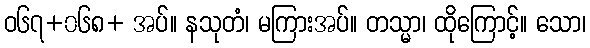
ဝ၆၇+၀၆၈+ အပ်။ နသုတံ၊ မကြားအပ်။ တသ္မာ၊ ထိုကြောင့်။ သော၊